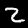
Label: 2